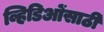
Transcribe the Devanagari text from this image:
व्हिडिओंसाठी